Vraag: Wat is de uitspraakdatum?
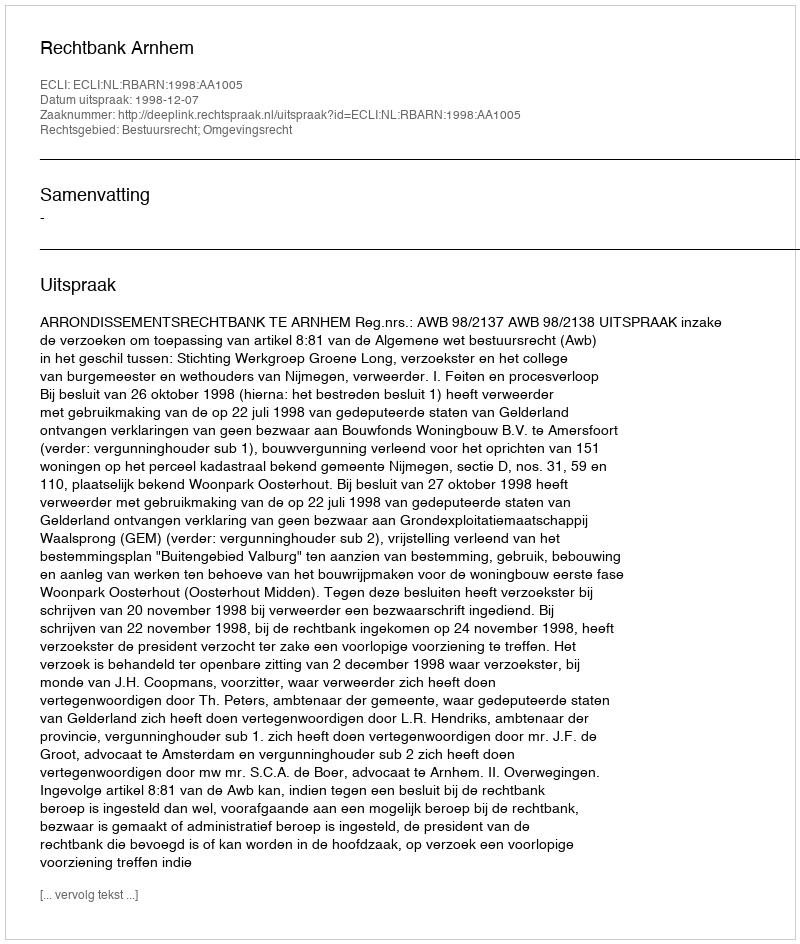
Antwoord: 1998-12-07